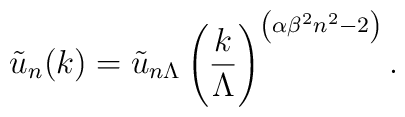
{\tilde u_n(k)}={\tilde u_{n\Lambda}}\left({k\over\Lambda}\right)^{\left(\alpha {\beta^2} n^2 -2\right)}.